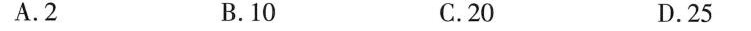
A.2 B.10 C.20 D.25